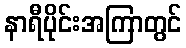
နာရီပိုင်းအကြာတွင်